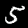
Digit: 5